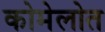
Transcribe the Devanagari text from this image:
कोमेलोत